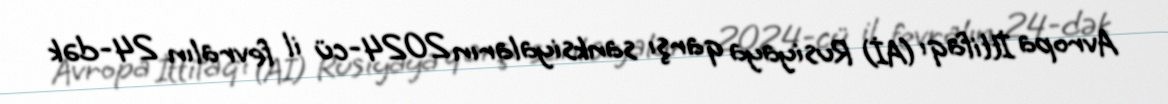
Avropa İttifaqı (Aİ) Rusiyaya qarşı sanksiyaların 2024-cü il fevralın 24-dək